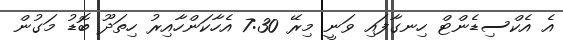
އެ އެކްސިޑެންޓް ހިނގާފައި ވަނީ މިރޭ 7:30 އެހާކަންހާއިރު ހިތަދޫ ބޮޑު މަގުން